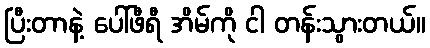
ပြီးတာနဲ့ ပေါ်ဖီရီ အိမ်ကို ငါ တန်းသွားတယ်။